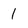
Character: 1